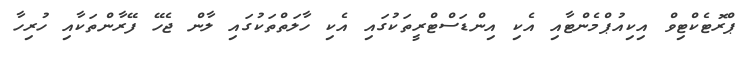
ޕްރޮޓެކްޓިވް އިކިއުޕްމެންޓާއި އެކި އިންޑަސްޓްރީތަކުގައި އެކި ހާލަތްތަކުގައި ލާން ޖެހޭ ފޭރާންތަކާއި ހުރިހާ